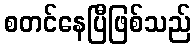
စတင်နေပြီဖြစ်သည်